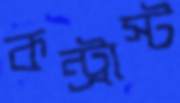
কন্ট্রাস্ট